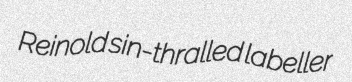
Reinold sin-thralled labeller